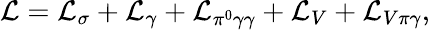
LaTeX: {\cal L}={\cal L}_{\sigma}+{\cal L}_{\gamma}+{\cal L}_{\pi^{0}\gamma\gamma}+{\cal L}_{V}+{\cal L}_{V\pi\gamma},